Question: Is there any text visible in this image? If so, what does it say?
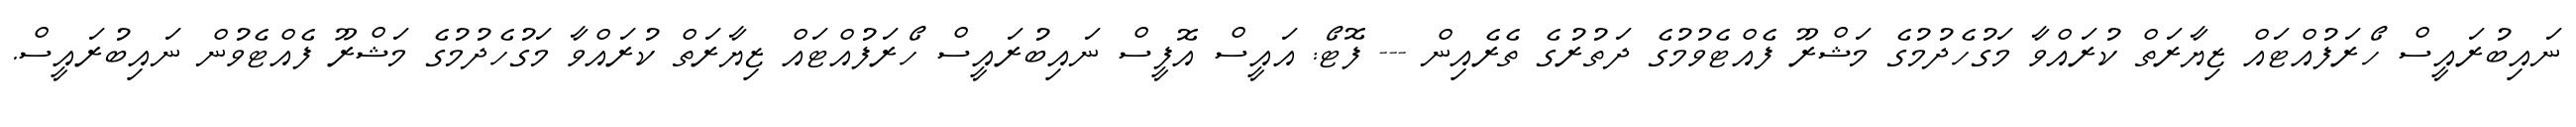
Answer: ނައިބުރައީސް ހޯރަފުއްޓައް ޒިޔާރަތް ކުރައްވާ މަގުހެދުމުގެ މަޝްރޫ ފެއްޓެވުމުގެ ދަތުރުގެ ތެރެއިން --- ފޮޓޯ: އައީސް އޮފީސް ނައިބުރައީސް ހޯރަފުއްޓައް ޒިޔާރަތް ކުރައްވާ މަގުހެދުމުގެ މަޝްރޫ ފެއްޓެވުން ނައިބުރައީސް.